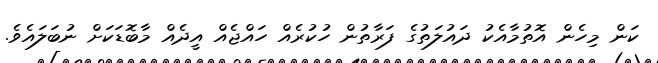
ކަން މިހެން އޮތުމާއެކު ދައުލަތުގެ ފަރާތުން ހުކުރެއް ހައްޖެއް އީދެއް މާބޮޑަކަށް ނުބަލައެވެ.